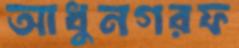
আধুনগরফ